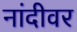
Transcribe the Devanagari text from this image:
नांदीवर